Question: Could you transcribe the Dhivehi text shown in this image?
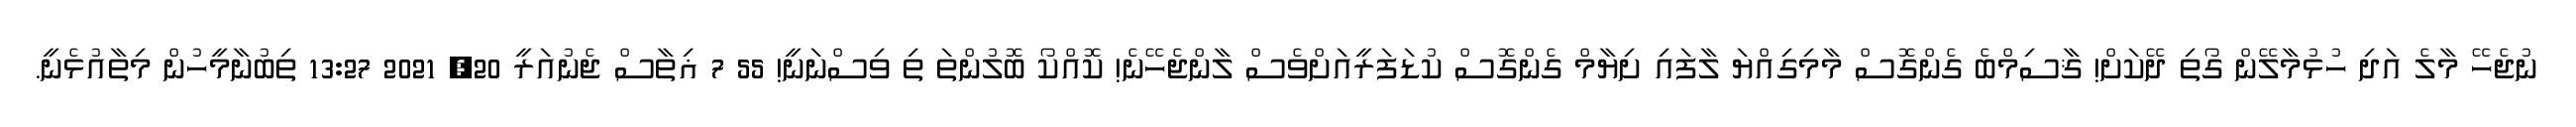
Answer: ނުޖެހޭ މާލެ އަދި ހުޅުމާލޭން ގޯތި ދޭކަށް! ޤާސިމްބެ ގެންގޮސް މާމިގިއްޔަ ލާފައި ށިޔާމް ގެންގޮސް ކުޑަފަރީއަށްވެސް ލާންޖެހޭނެ! ކޮއްކޯ ބޮލުންތަ ތި ވިސްނަނީ! 55 7 ޣިތާސް ޖެނުއަރީ 20, 2021 13:27 ތިބުނާމީހުން މިތާއުޅެނީ.